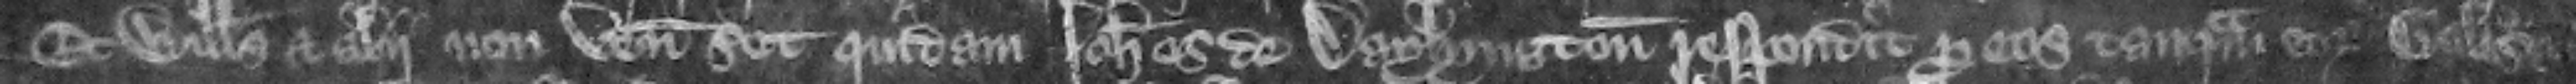
Et Willelmus et alii non veniunt. set quidam Iohannes de Daylyngton respondit pro eis tanquam eorum balliuus.